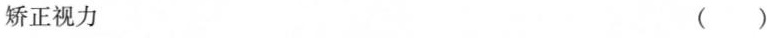
矫正视力 （ ）